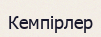
Кемпірлер